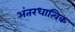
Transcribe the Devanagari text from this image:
अंतरधात्विक